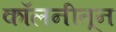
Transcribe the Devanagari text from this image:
कॉलनीतून